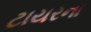
ટાયરના